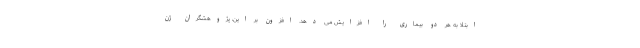
ابتلا به هر دو بیماری را افزایش می دهد. افزون بر این، پژوهشگران ژن